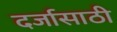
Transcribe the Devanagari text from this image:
दर्जासाठी